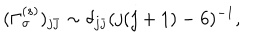
( \Gamma _ { \sigma } ^ { ( s ) } ) _ { j \bar { \jmath } } \sim \delta _ { j \bar { \jmath } } ( j ( j + 1 ) - 6 ) ^ { - 1 } ,